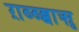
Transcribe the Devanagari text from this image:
ऱाब्ब्ब्बाॠ